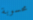
محسوبة